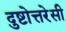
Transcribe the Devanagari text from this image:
दुष्टोत्तरेसी